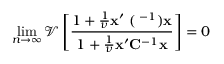
\operatorname* { l i m } _ { n \to \infty } \mathcal { V } \left[ \frac { 1 + \frac { 1 } { \nu } { \bf x } ^ { \prime } { \bf \Xi } ( { \bf \Lambda } ^ { - 1 } ) { \bf x } } { 1 + \frac { 1 } { \nu } { \bf x } ^ { \prime } { \bf C } ^ { - 1 } { \bf x } } \right] = 0